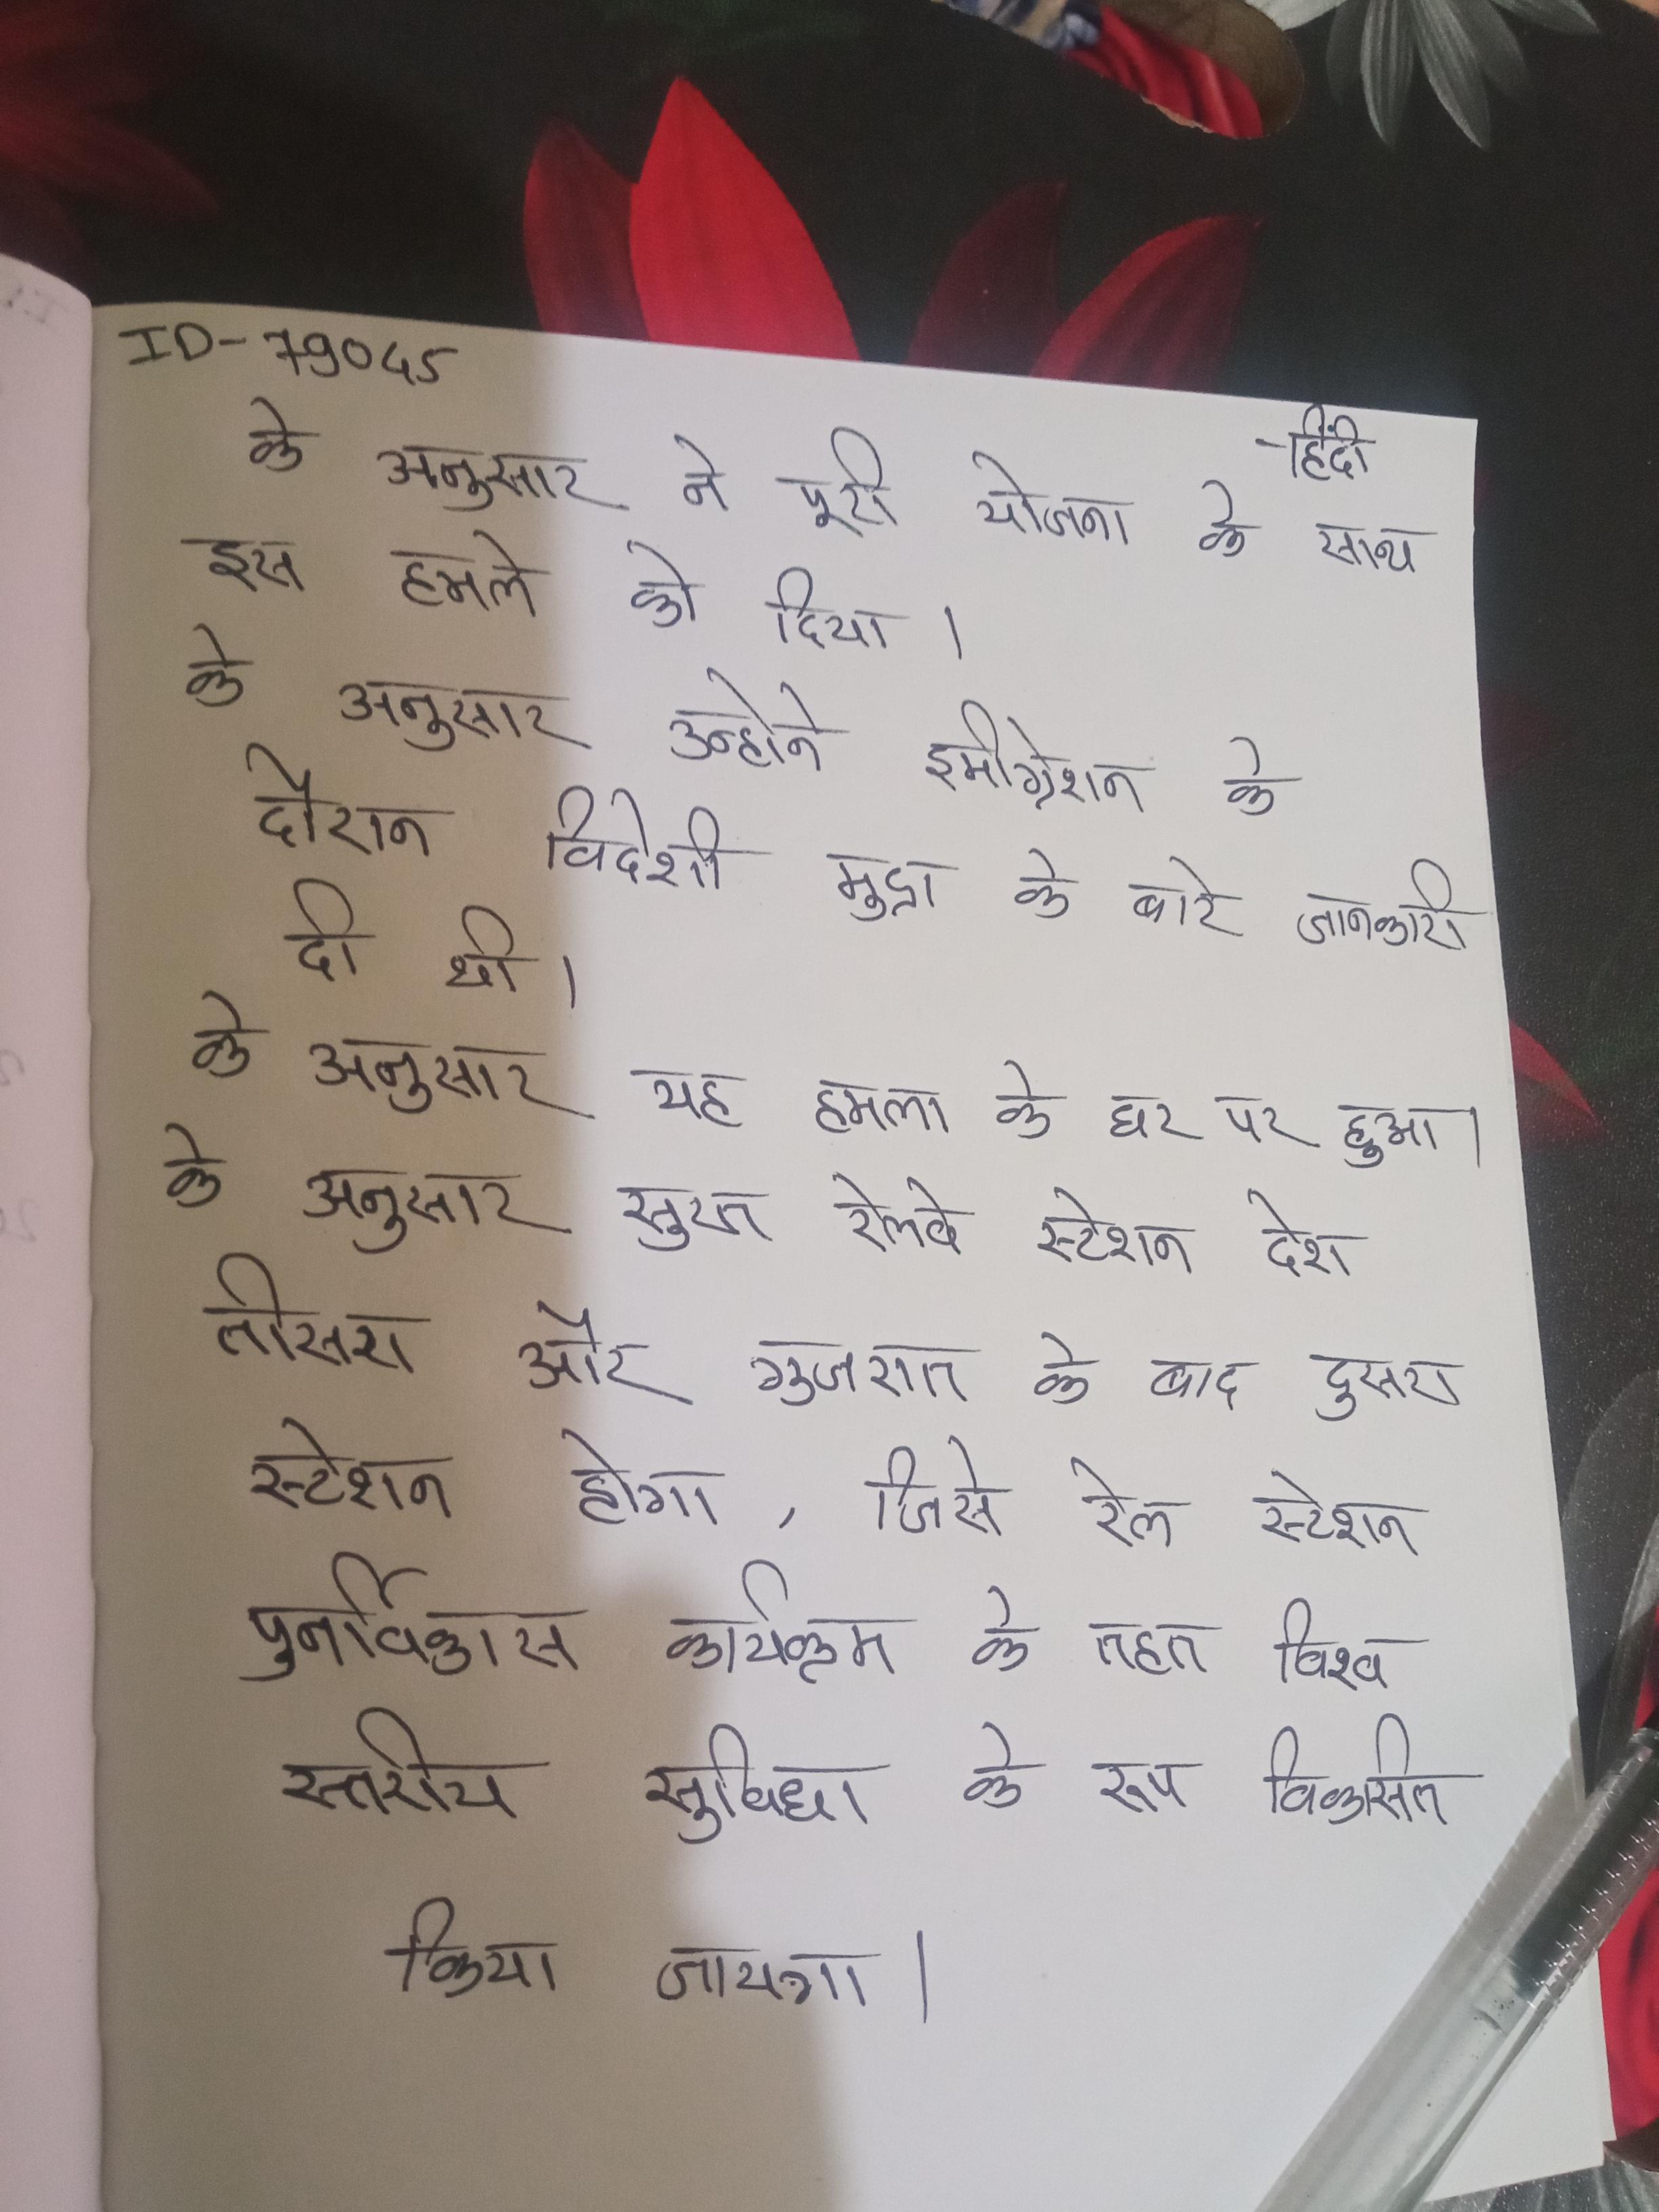
के अनुसार ने पूरी योजना के साथ इस हमले को दिया । के अनुसार उन्होने इमीग्रेशन के दौरान विदेशी मुद्रा के बारे जानकारी दी थी । के अनुसार यह हमला के घर पर हुआ । के अनुसार सूरत रेलवे स्टेशन देश तीसरा और गुजरात के बाद दूसरा स्टेशन होगा, जिसे रेल स्टेशन पुनर्विकास कार्यक्रम के तहत विश्व स्तरीय सुविधा के रूप विकसित किया जाएगा ।